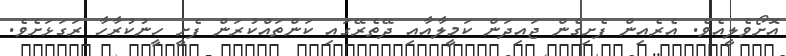
އޮށޯވެލީއެވެ. އެރެއިން ފެށިގެން ޖައިދަން ކަމީލާއާއި ދޭތެރޭގައި ކަންތައްކުރަން ފެށީ ހީނުކުރާހާ ރަގަޅަށެވެ.